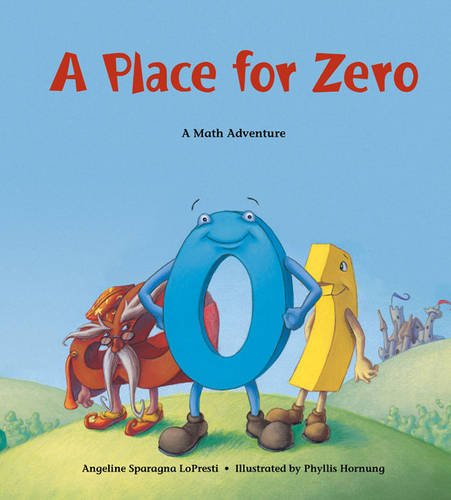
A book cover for A Place for Zero (Charlesbridge Math Adventures); Angeline Sparagna LoPresti; Children's Books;